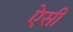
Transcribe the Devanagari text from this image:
एेसी